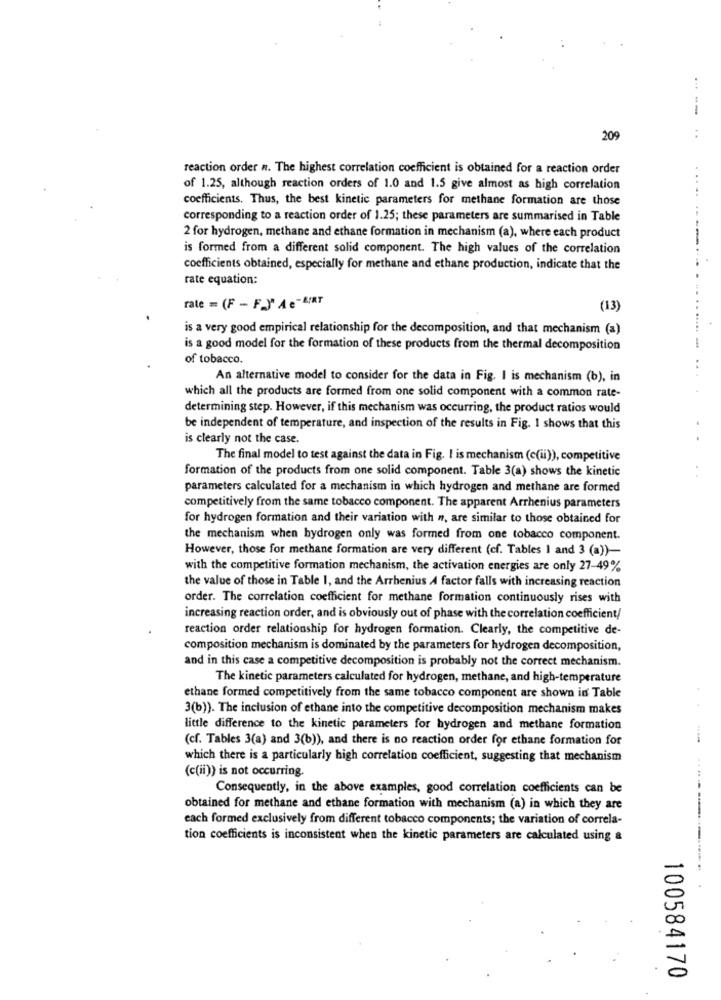
...--
209
..
reaction order n. The highest correlation coefficient is obtained for a reaction order
of 1.25, although reaction orders of 1.0 and 1.5 give almost as high correlation
coefficients. Thus, the best kinetic parameters for methane formation are those
corresponding to a reaction order of 1.25; these parameters are summarised in Table
2 for hydrogen, methane and ethane formation in mechanism (a), where each product
is formed from a different solid component. The high values of the correlation
coefficients obtained, especially for methane and ethane production, indicate that the
rate equation:
rate = (F - F)" A e- BIRT
(13)
is a very good empirical relationship for the decomposition, and that mechanism (a)
is a good model for the formation of these products from the thermal decomposition
of tobacco.
An alternative model to consider for the data in Fig. I is mechanism (b), in
which all the products are formed from one solid component with a common rate-
determining step. However, if this mechanism was occurring, the product ratios would
be independent of temperature, and inspection of the results in Fig. 1 shows that this
is clearly not the case.
The final model to test against the data in Fig. I is mechanism (c(ii)), competitive
formation of the products from one solid component. Table 3(a) shows the kinetic
parameters calculated for a mechanism in which hydrogen and methane are formed
competitively from the same tobacco component. The apparent Arrhenius parameters
for hydrogen formation and their variation with n, are similar to those obtained for
the mechanism when hydrogen only was formed from one tobacco component.
However, those for methane formation are very different (cf. Tables I and 3 (a))-
with the competitive formation mechanism, the activation energies are only 27-49%
the value of those in Table 1, and the Arrhenius A factor falls with increasing reaction
order. The correlation coefficient for methane formation continuously rises with
increasing reaction order, and is obviously out of phase with the correlation coefficient/
reaction order relationship for hydrogen formation. Clearly, the competitive de-
composition mechanism is dominated by the parameters for hydrogen decomposition,
and in this case a competitive decomposition is probably not the correct mechanism.
The kinetic parameters calculated for hydrogen, methane, and high-temperature
ethane formed competitively from the same tobacco component are shown in Table
3(b)). The inclusion of ethane into the competitive decomposition mechanism makes
little difference to the kinetic parameters for hydrogen and methane formation
(cf. Tables 3(a) and 3(b)), and there is no reaction order for ethane formation for
which there is a particularly high correlation coefficient, suggesting that mechanism
(c(ii)) is not occurring.
Consequently, in the above examples, good correlation coefficients can be
obtained for methane and ethane formation with mechanism (a) in which they are
each formed exclusively from different tobacco components; the variation of correla-
tion coefficients is inconsistent when the kinetic parameters are calculated using &
100584170